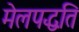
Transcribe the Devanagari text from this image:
मेलपद्धति